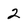
Character: 2